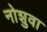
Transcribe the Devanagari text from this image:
नोशुवा